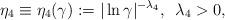
LaTeX: \begin{align*}\eta_4\equiv\eta_4(\gamma):=|\ln\gamma|^{-\lambda_4},\,\,\,\lambda_4>0,\end{align*}